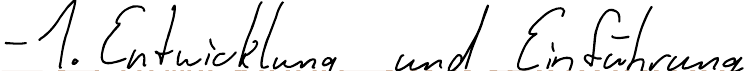
- 1. Entwicklung und Einführung